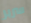
سرير